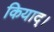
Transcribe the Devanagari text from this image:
कियाद्।